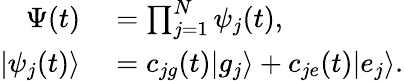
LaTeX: \begin{array}{rl}{\Psi(t)}&{{}=\prod_{j=1}^{N}\psi_{j}(t),}\\ {|\psi_{j}(t)\rangle}&{{}=c_{jg}(t)|g_{j}\rangle+c_{je}(t)|e_{j}\rangle.}\end{array}